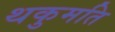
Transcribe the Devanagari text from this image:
थकुमति